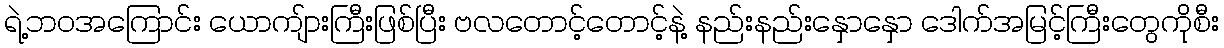
ရဲ့ဘဝအကြောင်း ယောကျ်ားကြီးဖြစ်ပြီး ဗလတောင့်တောင့်နဲ့ နည်းနည်းနှောနှော ဒေါက်အမြင့်ကြီးတွေကိုစီး